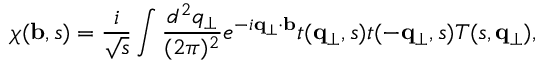
\chi ( { \bf b } , s ) = \frac { i } { \sqrt { s } } \int \frac { d ^ { 2 } q _ { \perp } } { ( 2 \pi ) ^ { 2 } } e ^ { - i { \bf q } _ { \perp } \cdot { \bf b } } t ( { \bf q } _ { \perp } , s ) t ( - { \bf q } _ { \perp } , s ) T ( s , { \bf q } _ { \perp } ) ,